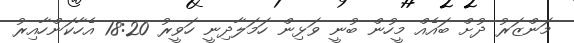
މަންޒަރު ދުށް ބައެއް މީހުން ބުނީ ވަޅިން ހަމަލާދިނީ ހަވީރު 18:20 އެހާކަންހާއިރު